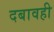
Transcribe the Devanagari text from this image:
दबावही